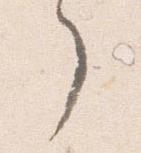
了